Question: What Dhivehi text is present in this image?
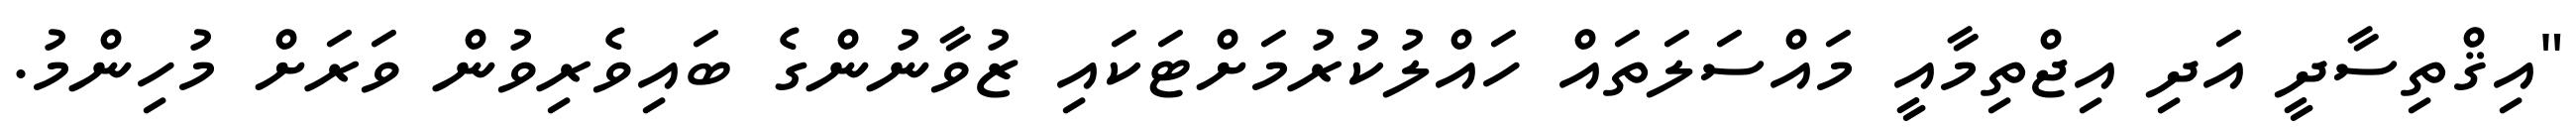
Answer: "އިޤްތިސާދީ އަދި އިޖްތިމާއީ މައްސަލަތައް ހައްލުކުރުމަށްޓަކައި ޒުވާނުންގެ ބައިވެރިވުން ވަރަށް މުހިންމު.